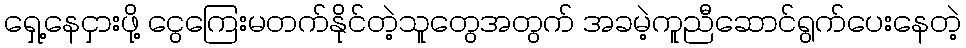
ရှေ့နေငှားဖို့ ငွေကြေးမတက်နိုင်တဲ့သူတွေအတွက် အခမဲ့ကူညီဆောင်ရွက်ပေးနေတဲ့